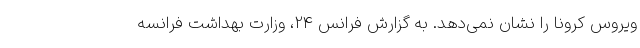
ویروس کرونا را نشان نمی‌دهد. به گزارش فرانس 24، وزارت بهداشت فرانسه